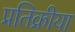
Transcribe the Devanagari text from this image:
प्रतिक्रीया